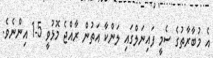
އެ މުބާރާތުގެ ސެމީ ފައިނަލްގައި ލަންކާ އަތުން ރާއްޖެ މޮޅުވީ 5-1 އިންނެވެ.